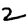
Digit: 2